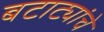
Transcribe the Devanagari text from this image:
बटाट्यांचे